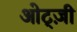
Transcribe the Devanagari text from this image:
ओट्ज़ी